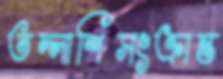
তল্লাশিসংক্রান্ত